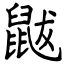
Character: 鼥